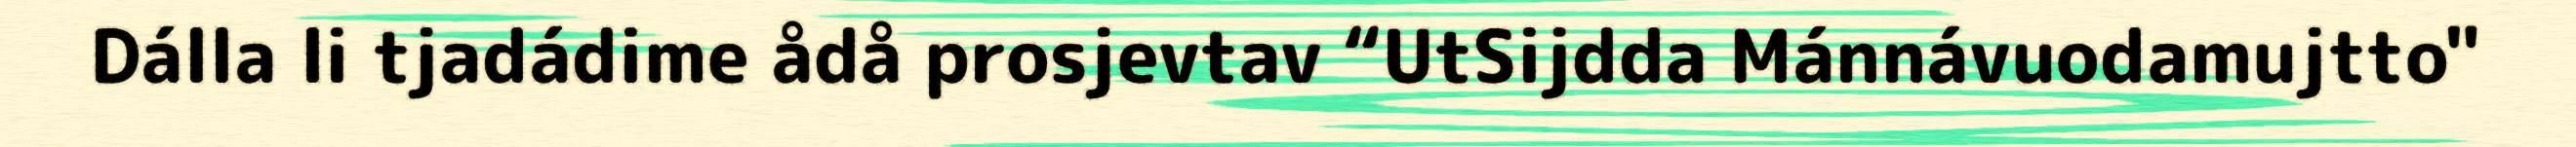
Dálla li tjadádime ådå prosjevtav “UtSijdda Mánnávuodamujtto"